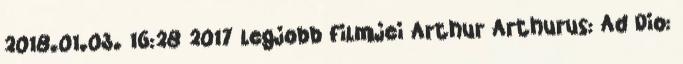
2018.01.03. 16:28 2017 legjobb filmjei Arthur Arthurus: Ad Dio: